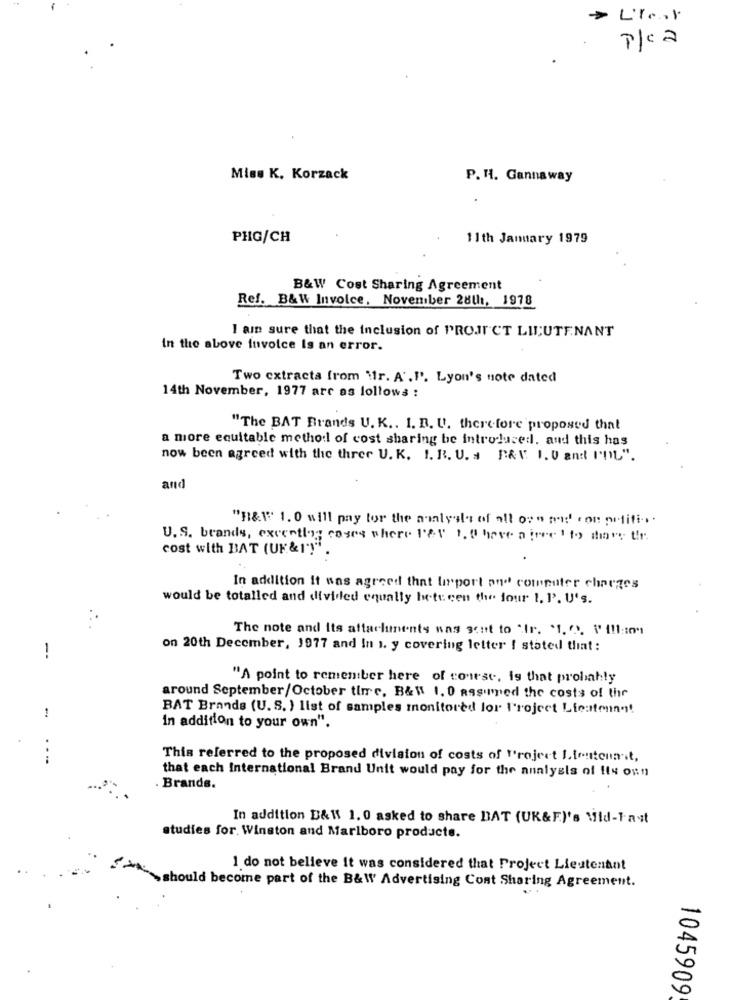
> L'I .. I
P/C2
Miss K. Korzack
P. H. Gannaway
PHG/CH
11th January 1979
B&W Cost Sharing Agreement
Ref. B&W Invoice, November 28th, 1978
I am sure that the inclusion of PROJECT LIEUTENANT
In the above invoice Is an error.
Two extracta from \lr. A'."". Lyon's note dated
14th November, 1977 are as follows :
"The BAT Brands U. K .. I. D. U. therefore proposed that
a more equitable method of cost sharing be introduced. and this has
now been agreed with the three U. K. 1. R. U. s P&V 1. 0 and I'DL".
and
"n&1" 1. 0 will pay for the analysis of all ore and con putitin.
U. S. brands, exceptl'; cases where I'&V 1. 0 have a twee 1 19 days tir.
cost with BAT (UF&1')"
In addition it was agreed that lirport and computer charges
would be totalled and divided equally hete cen the four 1. P. U's.
The note and its attachments was sent to ".fr. $1. 2). i' 11 :: 09
1
on 20th December, 1977 and In 1. y covering letter ! stated that :
"A point to remeniber here of course, is that probably
around September/October time, B&W 1. 0 assumed the costs of the
BAT Brands (U.S. ) list of samples monitored lor l'roject Licatonn -!
1
in addition to your own".
.--
This referred to the proposed division of costs of Project Lieutenn .t.
that each International Brand Unit would pay for the analysis of fis onn
Brands.
In addition B&\\ 1.0 asked to share DAT (UK&F)'s Mid-1-ast
studies for. Winston and Marlboro products.
1 do not believe it was considered that Project Lieutenant
should become part of the B&W Advertising Cont Sharing Agreement.
1045909